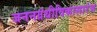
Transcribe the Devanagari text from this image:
जननग्रंथीविकासारंभ